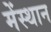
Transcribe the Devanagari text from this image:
मेंस्थान